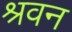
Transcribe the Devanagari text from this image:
श्रवन